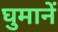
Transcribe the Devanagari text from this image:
घुमानें